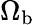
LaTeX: \Omega_{\mathrm{b}}